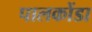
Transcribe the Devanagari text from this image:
पालकोंडा